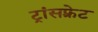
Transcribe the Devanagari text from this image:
ट्रांसफ़्रेट